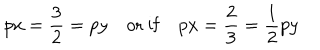
p x = \frac { 3 } { 2 } = p y \quad \mathrm { o r \ i f } \quad p x = \frac { 2 } { 3 } = \frac { 1 } { 2 } p y